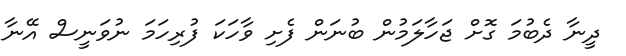
ދީނާ ދެބުމަ ގޮށް ޖަހާލަމުން ބުނަން ފެށި ވާހަކަ ފުރިހަމަ ނުވަނީސް އޭނާ